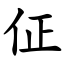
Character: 佂